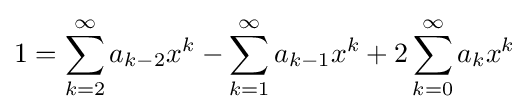
1=\sum _{k=2}^{\infty }a_{k-2}x^{k}-\sum _{k=1}^{\infty }a_{k-1}x^{k}+2\sum _{k=0}^{\infty }a_{k}x^{k}